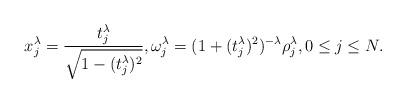
LaTeX: \begin{align*} x_j^\lambda=\frac{t_j^\lambda}{\sqrt{1-(t_j^\lambda)^2}},\omega_j^\lambda= (1+(t_j^\lambda)^2)^{-\lambda} \rho_j^\lambda,0\le j\le N.\end{align*}